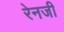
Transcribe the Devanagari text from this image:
रेनजी